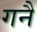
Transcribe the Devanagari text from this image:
गनै